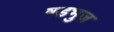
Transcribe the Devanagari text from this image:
षडभुज